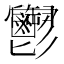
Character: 𩰪